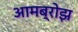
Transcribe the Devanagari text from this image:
आमब्रोझ